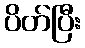
ပိတ်ပြီး